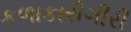
કળાકારીગીરી